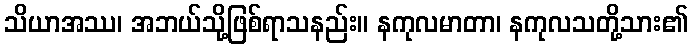
သိယာအဿ၊ အဘယ်သို့ဖြစ်ရာသနည်း။ နကုလမာတာ၊ နကုလသတို့သား၏